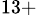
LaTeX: ^{13+}